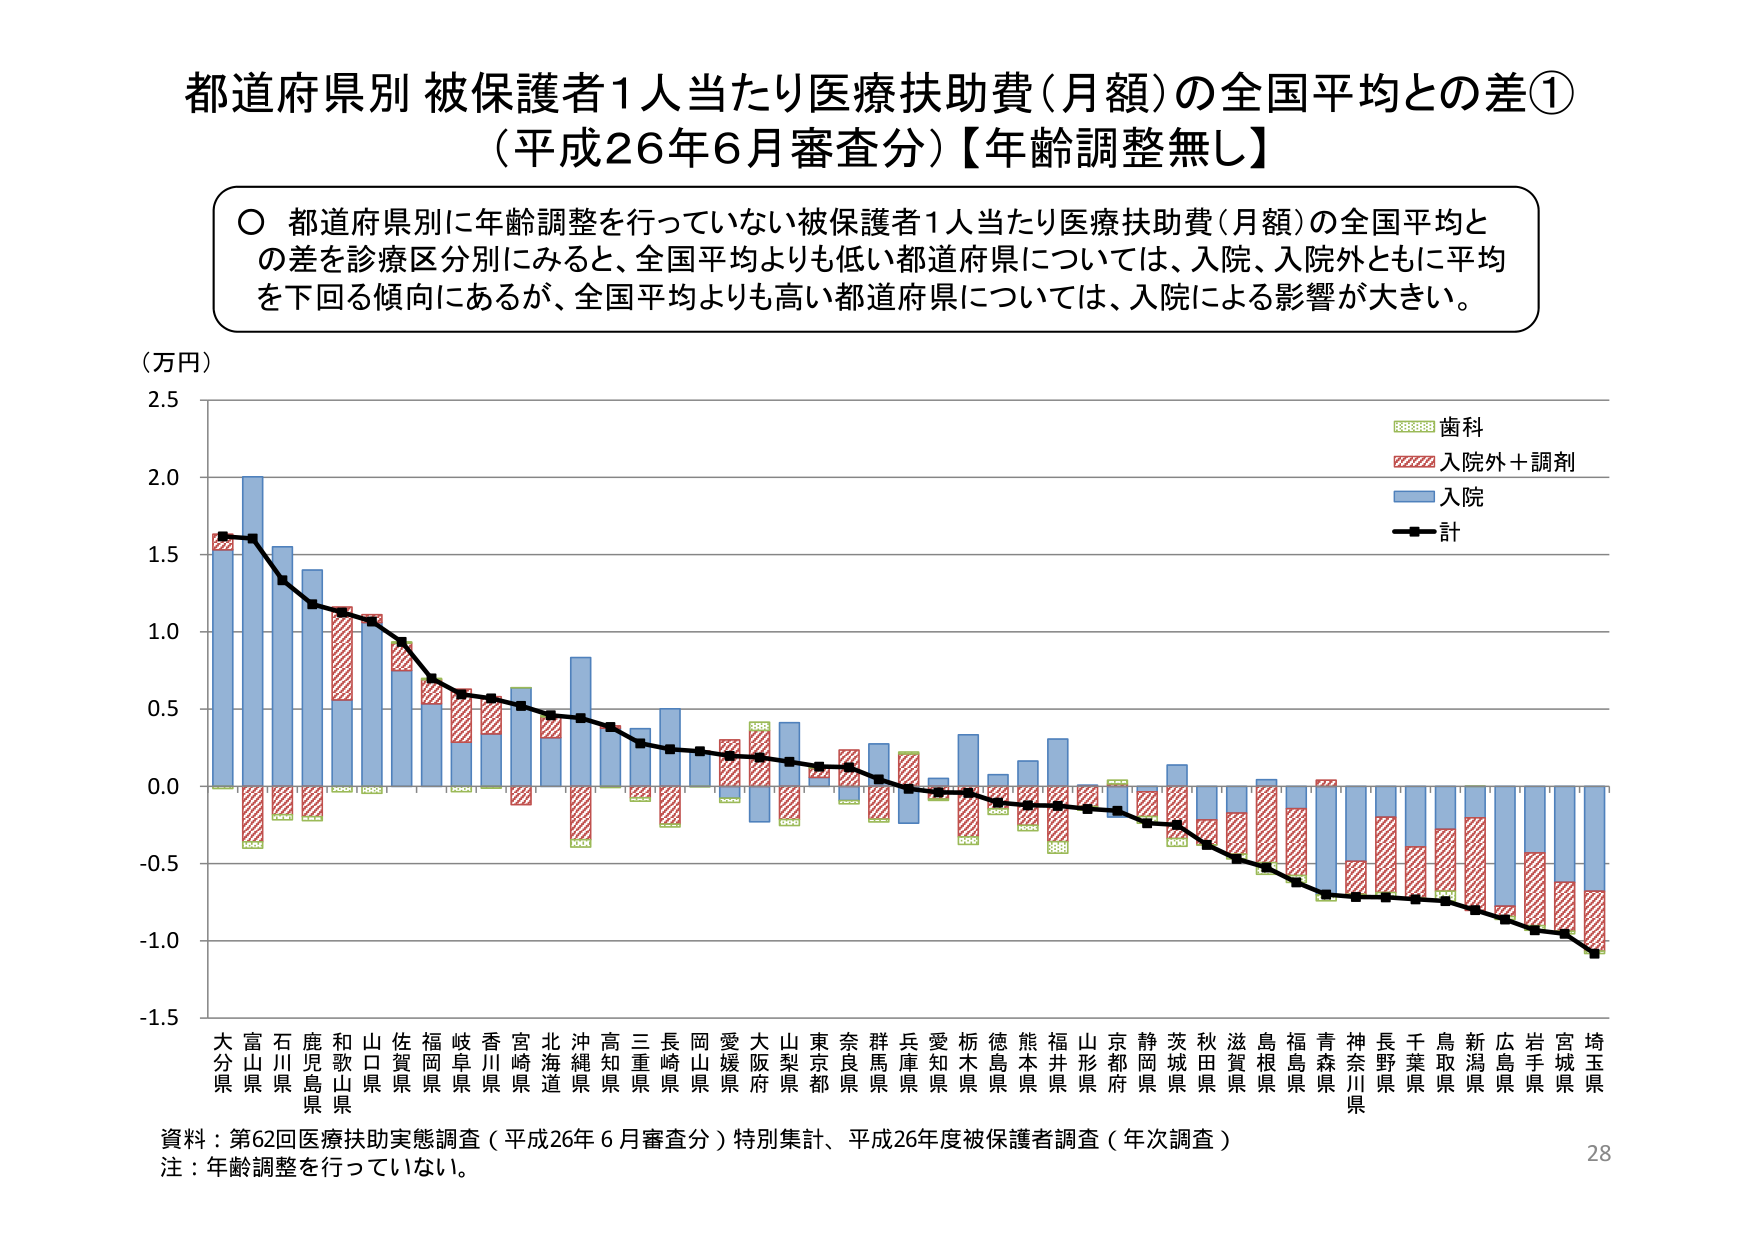
都道府県別 被保護者1人当たり医療扶助費（月額）の全国平均との差①
（平成26年6月審査分）【年齢調整無し】

○ 都道府県別に年齢調整を行っていない被保護者1人当たり医療扶助費（月額）の全国平均との差を診療区分別にみると、全国平均よりも低い都道府県については、入院、入院外ともに平均を下回る傾向にあるが、全国平均よりも高い都道府県については、入院による影響が大きい。

（万円）
2.5
2.0
1.5
1.0
0.5
0.0
-0.5
-1.0
-1.5

歯科
入院外＋調剤
入院
計

大分県 富山県 石川県 鹿児島県 和歌山県 山口県 佐賀県 福岡県 岐阜県 香川県 宮崎県 北海道 沖縄県 高知県 三重県 長崎県 岡山県 愛媛県 大阪府 山梨県 東京都 奈良県 群馬県 兵庫県 愛知県 栃木県 徳島県 熊本県 福井県 山形県 京都府 静岡県 茨城県 秋田県 滋賀県 島根県 福島県 青森県 神奈川県 長野県 千葉県 鳥取県 新潟県 広島県 岩手県 宮城県 埼玉県

資料：第62回医療扶助実態調査（平成26年6月審査分）特別集計、平成26年度被保護者調査（年次調査）
注：年齢調整を行っていない。
28